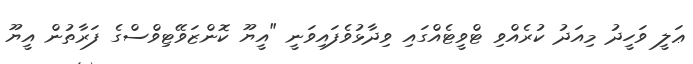
ޢަލީ ވަހީދު މިއަދު ކުރެއްވި ޓްވީޓެއްގައި ވިދާޅުވެފައިވަނީ "އީޔޫ ކޮންޒަވޭޓިވްސްގެ ފަރާތުން އީޔޫ